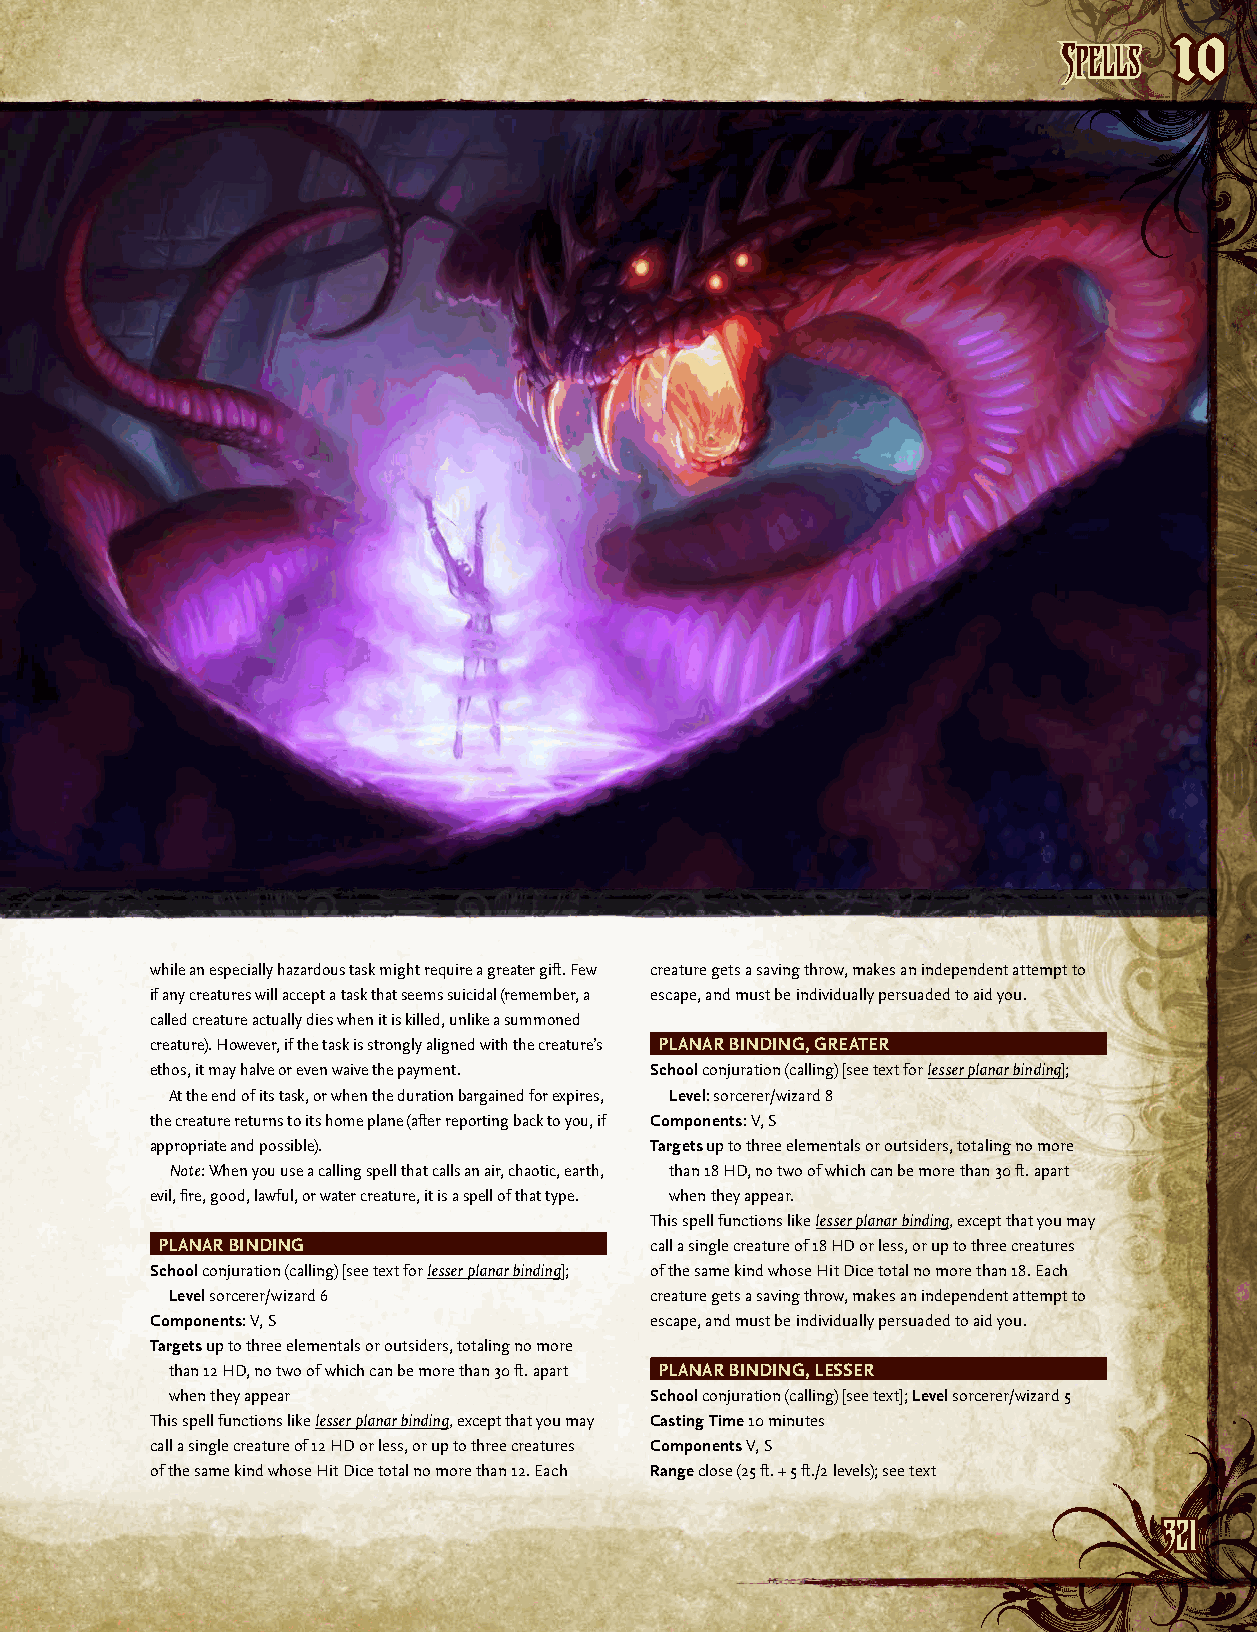
SSppeellllss
 10
 while an especially hazardous task might require a greater gift. Few creature gets a saving throw, makes an independent attempt to
 if any creatures will accept a task that seems suicidal (remember, a escape, and must be individually persuaded to aid you.
 called creature actually dies when it is killed, unlike a summoned
 creature). However, if the task is strongly aligned with the creature’s PLANAR BINDING, GREATER
 ethos, it may halve or even waive the payment. School conjuration (calling) [see text for lesser planar binding];
 At the end of its task, or when the duration bargained for expires, Level: sorcerer/wizard 8
 the creature returns to its home plane (after reporting back to you, if Components: V, S
 appropriate and possible).       Targets up to three elementals or outsiders, totaling no more
 Note: When you use a calling spell that calls an air, chaotic, earth, than 18 HD, no two of which can be more than 30 ft. apart
 evil, fire, good, lawful, or water creature, it is a spell of that type. when they appear.
 This spell functions like lesser planar binding, except that you may
 PLANAR BINDING                   call a single creature of 18 HD or less, or up to three creatures
 School conjuration (calling) [see text for lesser planar binding]; of the same kind whose Hit Dice total no more than 18. Each
 Level sorcerer/wizard 6         creature gets a saving throw, makes an independent attempt to
 Components: V, S                 escape, and must be individually persuaded to aid you.
 Targets up to three elementals or outsiders, totaling no more
 than 12 HD, no two of which can be more than 30 ft. apart PLANAR BINDING, LESSER
 when they appear                School conjuration (calling) [see text]; Level sorcerer/wizard 5
 This spell functions like lesser planar binding, except that you may Casting Time 10 minutes
 call a single creature of 12 HD or less, or up to three creatures Components V, S
 of the same kind whose Hit Dice total no more than 12. Each Range close (25 ft. + 5 ft./2 levels); see text
 332211